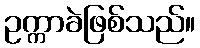
ဥက္ကာခဲဖြစ်သည်။